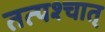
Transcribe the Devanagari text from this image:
तत्पश्‍चात्